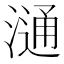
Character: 𣻢